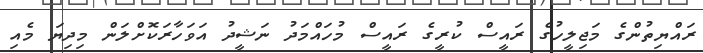
ރައްޔިތުންގެ މަޖިލީހުގެ ރައީސް ކުރީގެ ރައީސް މުހައްމަދު ނަޝީދު އަވަހާރަކޮށްލަން މިދިޔަ މެއި